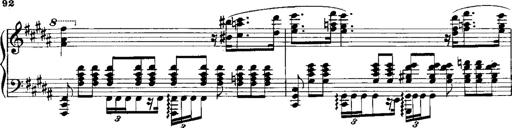
Title: RÃ©miniscences de Norma de Bellini
Composer: Franz Liszt